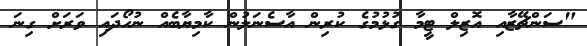
"ސަންޗޭޒާއި އޮޒިލް ޓީމާ ގުޅުމުގެ ކުރިން އާސެނަލުން ކާމިޔާބެއް ނުހޯދައި ވަރަށް ގިނަ